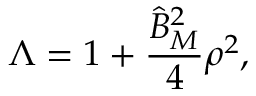
\Lambda = 1 + \frac { \widehat { B } _ { M } ^ { 2 } } { 4 } \rho ^ { 2 } ,